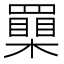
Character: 𦌮